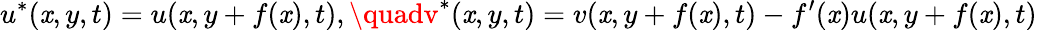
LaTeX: u^{*}(\mathit{x},y,t)=u(\mathit{x},y+f(\mathit{x}),t),\quadv^{*}(\mathit{x},y,t)=v(\mathit{x},y+f(\mathit{x}),t)-f^{\prime}(\mathit{x})u(\mathit{x},y+f(\mathit{x}),t)